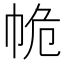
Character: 𢂕